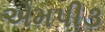
એમપી૩